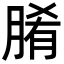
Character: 𮌞